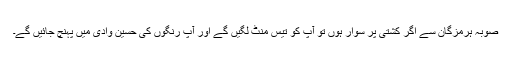
صوبہ ہرمزگان سے اگر کشتی پر سوار ہوں تو آپ کو تیس منٹ لگیں گے اور آپ رنگوں کی حسین وادی میں پہنچ جائیں گے۔